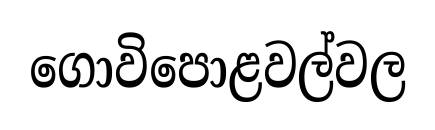
ගොවිපොළවල්වල